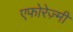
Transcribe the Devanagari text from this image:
एफोरेज़्मी